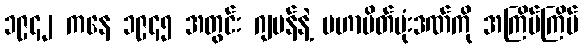
၁၉၄၂ ကနေ ၁၉၄၅ အတွင်း ဂျပန်နဲ့ မဟာမိတ်ဗုံးဒဏ်ကို အကြိမ်ကြိမ်